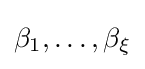
\beta _{1},\ldots ,\beta _{\xi }